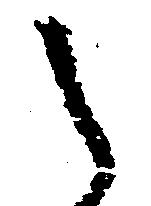
し